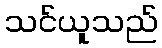
သင်ယူသည်